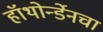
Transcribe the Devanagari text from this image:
हॉथोर्न्डेनचा